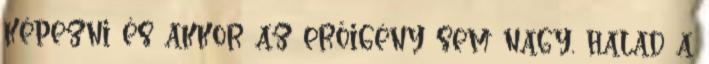
képezni és akkor az erőigény sem nagy, halad a